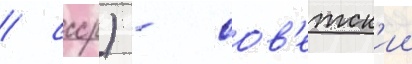
/ ссср) - сов'етск'ии